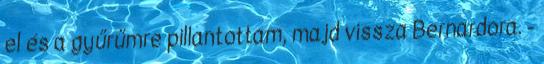
el és a gyűrűmre pillantottam, majd vissza Bernardora. -